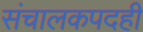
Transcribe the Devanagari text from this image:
संचालकपदही